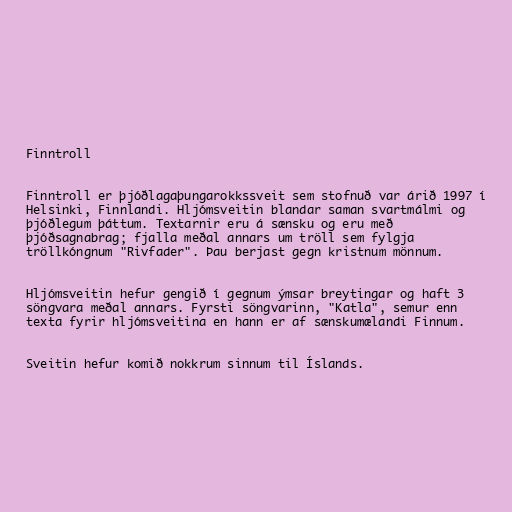
Finntroll

Finntroll er þjóðlagaþungarokkssveit sem stofnuð var árið 1997 í
Helsinki, Finnlandi. Hljómsveitin blandar saman svartmálmi og
þjóðlegum þáttum. Textarnir eru á sænsku og eru með
þjóðsagnabrag; fjalla meðal annars um tröll sem fylgja
tröllkóngnum "Rivfader". Þau berjast gegn kristnum mönnum.

Hljómsveitin hefur gengið í gegnum ýmsar breytingar og haft 3
söngvara meðal annars. Fyrsti söngvarinn, "Katla", semur enn
texta fyrir hljómsveitina en hann er af sænskumælandi Finnum.

Sveitin hefur komið nokkrum sinnum til Íslands.